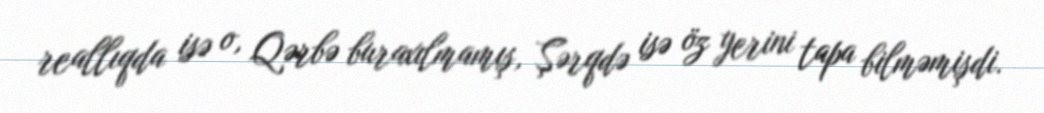
reallıqda isə o, Qərbə buraxılmamış, Şərqdə isə öz yerini tapa bilməmişdi.